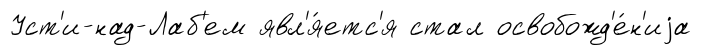
Уст'и-над-Лаб'ем явл'я́етс'я стал освобожд'е́н'иjа